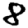
Digit: 8